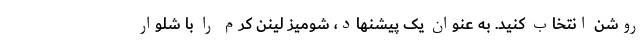
روشن انتخاب کنید. به عنوان یک پیشنهاد، شومیز لینن کرم را با شلوار